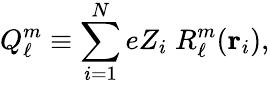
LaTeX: Q_{\ell}^{m}\equiv\sum_{i=1}^{N}eZ_{i}\; R_{\ell}^{m}(\mathbf{r}_{i}),